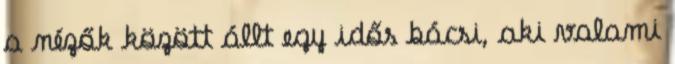
a nézők között állt egy idős bácsi, aki valami